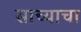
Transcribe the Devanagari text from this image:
साच्याचा